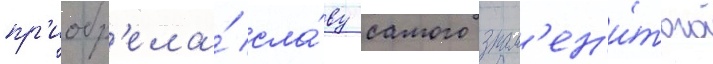
пр'иобр'ела́ сла́ву самого знам'ен'и́того